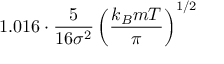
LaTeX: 1 . 0 1 6 \cdot { \frac { 5 } { 1 6 \sigma ^ { 2 } } } \left( { \frac { k _ { B } m T } { \pi } } \right) ^ { 1 / 2 }